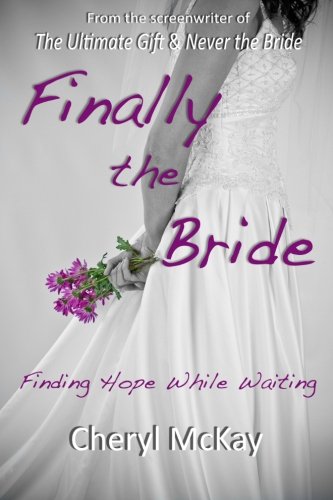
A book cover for Finally the Bride: Finding Hope While Waiting; Cheryl McKay; Christian Books & Bibles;